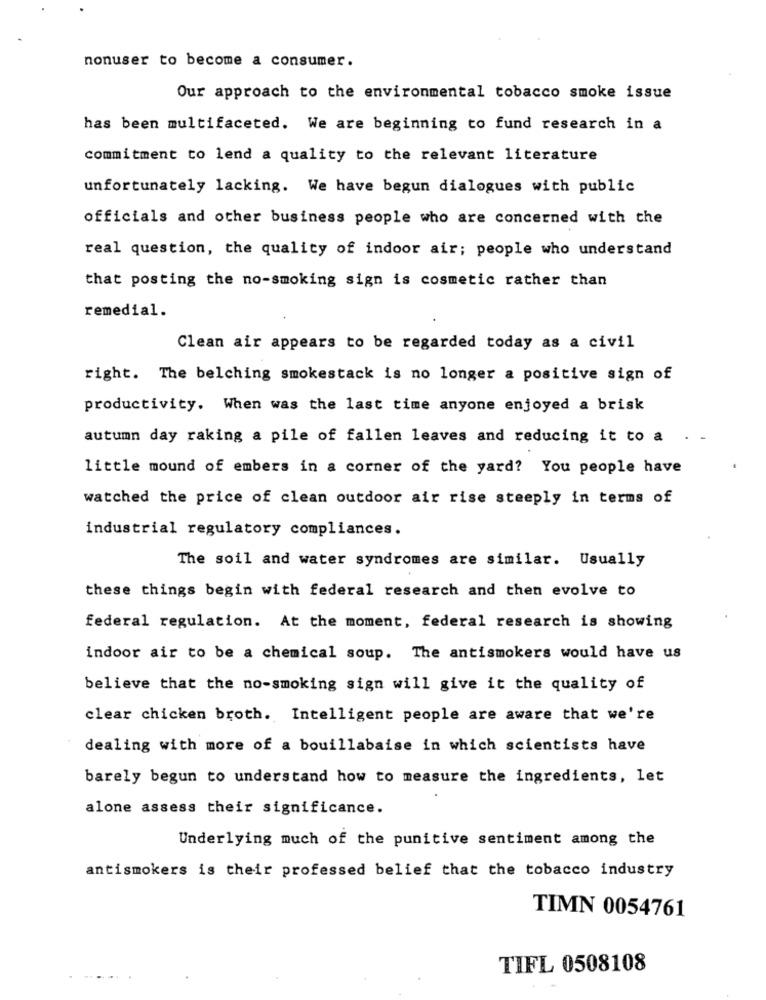
nonuser to become a consumer.
Our approach to the environmental tobacco smoke issue
has been multifaceted. We are beginning to fund research in a
commitment to lend a quality to the relevant literature
unfortunately lacking. We have begun dialogues with public
officials and other business people who are concerned with the
real question, the quality of indoor air; people who understand
that posting the no-smoking sign is cosmetic rather than
remedial.
Clean air appears to be regarded today as a civil
right. The belching smokestack is no longer a positive sign of
productivity. When was the last time anyone enjoyed a brisk
autumn day raking a pile of fallen leaves and reducing it to a . -
little mound of embers in a corner of the yard? You people have
watched the price of clean outdoor air rise steeply in terms of
industrial regulatory compliances.
The soil and water syndromes are similar. Usually
these things begin with federal research and then evolve to
federal regulation. At the moment, federal research is showing
indoor air to be a chemical soup. The antismokers would have us
believe that the no-smoking sign will give it the quality of
clear chicken broth. Intelligent people are aware that we're
dealing with more of a bouillabaise in which scientists have
barely begun to understand how to measure the ingredients, let
alone assess their significance.
Underlying much of the punitive sentiment among the
antismokers is their professed belief that the tobacco industry
TIMN 0054761
TIFL 0508108